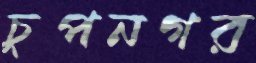
চুপনগর